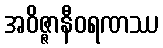
အဝိဇ္ဇာနီဝရဏဿ